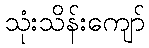
သုံးသိန်းကျော်